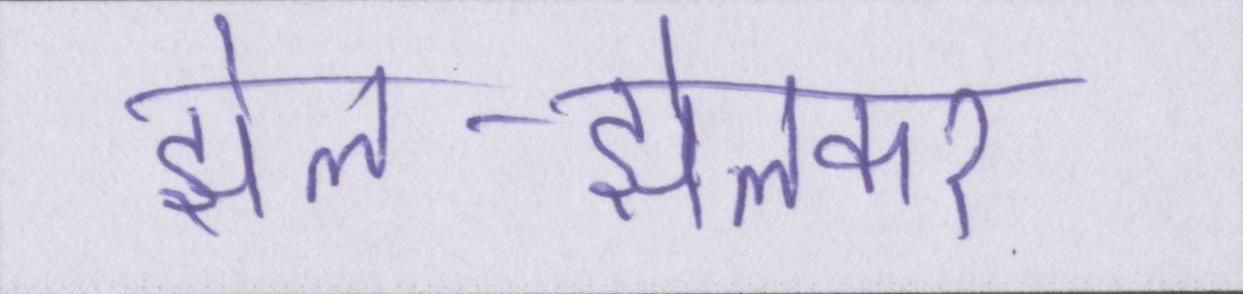
झेल-झेलकर